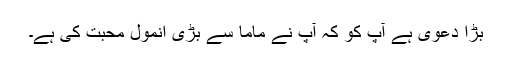
بڑا دعویٰ ہے آپ کو کہ آپ نے ماما سے بڑی انمول محبت کی ہے۔